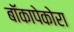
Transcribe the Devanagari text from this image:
बॉकापेकोरा